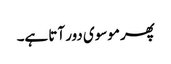
پھر موسوی دور آتا ہے۔